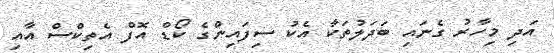
އަދި މިހާރު ގެނައި ބަދަލުތަކާ އެކު ސިފައިންގެ ކޯޑް އޮފް އެތިކްސް އާއި